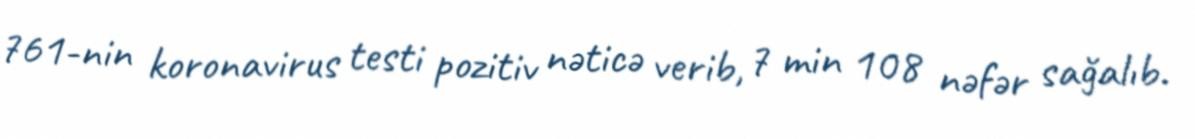
761-nin koronavirus testi pozitiv nəticə verib, 7 min 108 nəfər sağalıb.